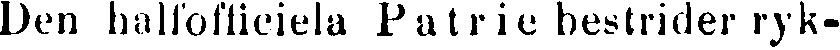
Den halfofficiela Patrie bestrider ryk-